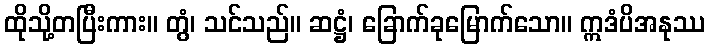
ထိုသို့တပြီးကား။ တွံ၊ သင်သည်။ ဆဋ္ဌံ၊ ခြောက်ခုမြောက်သော။ ဣဒံပိအနုဿ